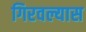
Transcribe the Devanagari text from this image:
गिरवल्यास